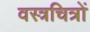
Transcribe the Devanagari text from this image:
वस्त्रचित्रों